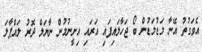
އެވަގުތު އޭނާ މަޑުމަޑުން ބޯ ޖަހާލައިފައި އަރައި އިށީނުމުން ނާޔަލް ދޮރު ލައްޕާލަ